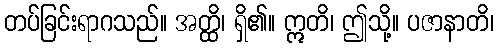
တပ်ခြင်းရာဂသည်။ အတ္ထိ၊ ရှိ၏။ ဣတိ၊ ဤသို့။ ပဇာနာတိ၊